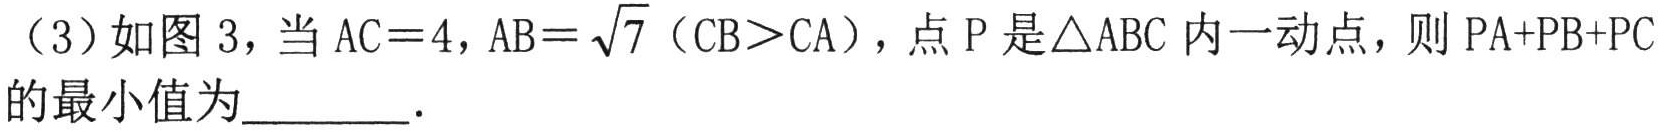
（3）如图 3，当 \(AC = 4\)，\(AB=\sqrt{7}\)（\(CB>CA\)），点 \(P\) 是\(\triangle ABC\) 内一动点，则 \(PA + PB + PC\)的最小值为________.